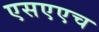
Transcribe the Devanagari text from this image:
एसएएच